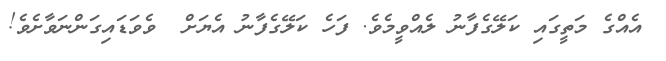
އެއްގެ މަތީގައި ކަލޭގެފާނު ލެއްވީމެވެ. ފަހެ ކަލޭގެފާނު އެޔަށް  ވެވަޑައިގަންނަވާށެވެ!